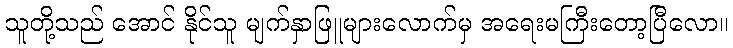
သူတို့သည် အောင် နိုင်သူ မျက်နှာဖြူများလောက်မှ အရေးမကြီးတော့ပြီလော။